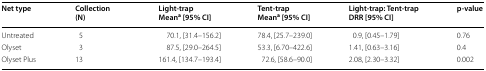
<table><thead><tr><td><b>Net type</b></td><td><b>Collection (N)</b></td><td><b>Light-trapMean<sup>a</sup> [95% CI]</b></td><td><b>Tent-trapMean<sup>a</sup> [95% CI]</b></td><td><b>Light-trap: Tent-trapDRR [95% CI]</b></td><td><b>p-value</b></td></tr></thead><tbody><tr><td>Untreated</td><td>5</td><td>70.1, [31.4–156.2]</td><td>78.4, [25.7–239.0]</td><td>0.9, [0.45–1.79]</td><td>0.76</td></tr><tr><td>Olyset</td><td>3</td><td>87.5, [29.0–264.5]</td><td>53.3, [6.70–422.6]</td><td>1.41, [0.63–3.16]</td><td>0.4</td></tr><tr><td>Olyset Plus</td><td>13</td><td>161.4, [134.7–193.4]</td><td>72.6, [58.6–90.0]</td><td>2.08, [2.30–3.32]</td><td>0.002</td></tr></tbody></table>